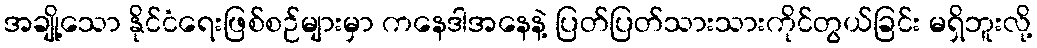
အချို့သော နိုင်ငံရေးဖြစ်စဉ်များမှာ ကနေဒါအနေနဲ့ ပြတ်ပြတ်သားသားကိုင်တွယ်ခြင်း မရှိဘူးလို့